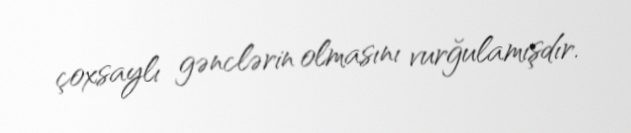
çoxsaylı gənclərin olmasını vurğulamışdır.